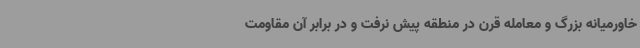
خاورمیانه بزرگ و معامله قرن در منطقه پیش نرفت و در برابر آن مقاومت